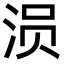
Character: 涢